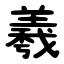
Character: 羲